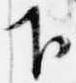
下